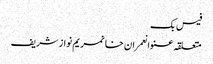
فیس بک
متعلقہ عنوانعمران خانمریم نواز شریف